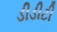
ડીડીટી